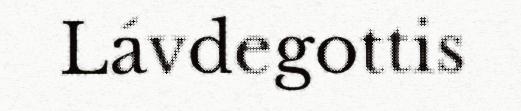
Lávdegottis